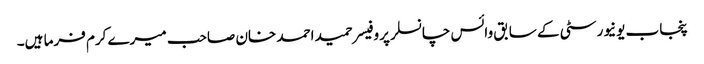
پنجاب یونیورسٹی کے سابق وائس چانسلر پروفیسر حمید احمد خان صاحب میرے کرم فرما ہیں۔